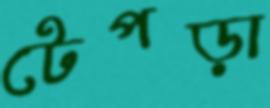
টেপড়া